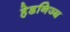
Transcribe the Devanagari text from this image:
हेडनिज्म़